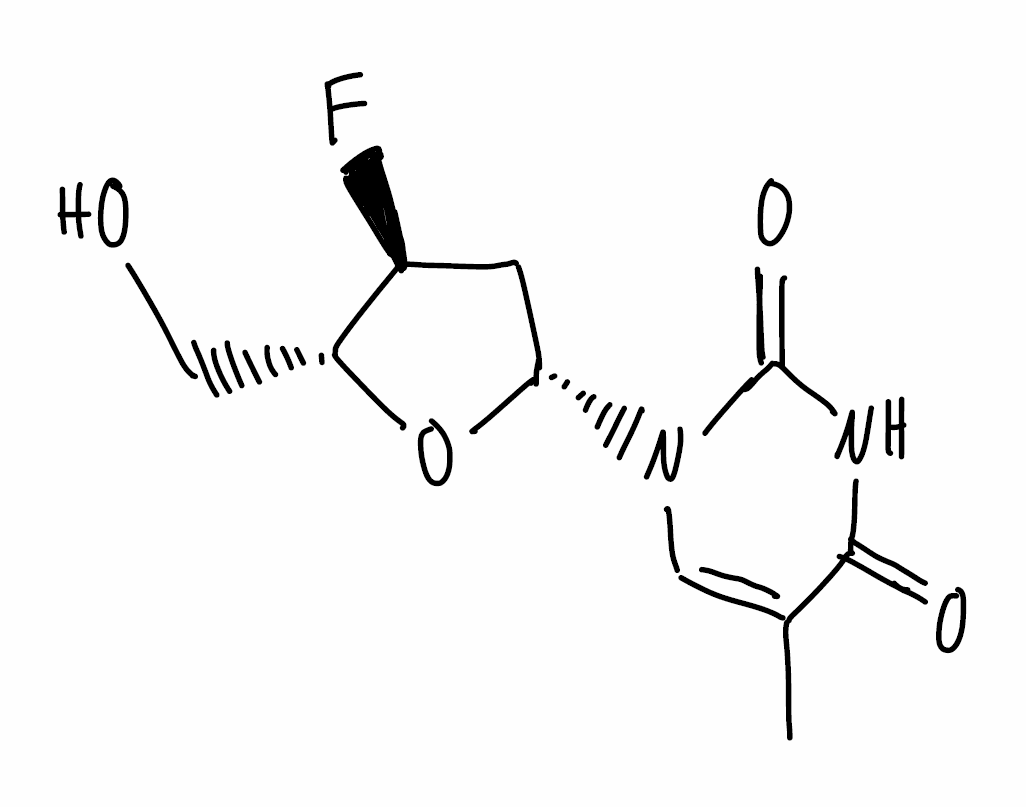
Simplified molecular-input line-entry system (SMILES) notation of the given molecule:
CC1=CN(C(=O)NC1=O)[C@H]2C[C@@H]([C@H](O2)CO)F